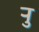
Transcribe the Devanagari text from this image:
र्‍ाु